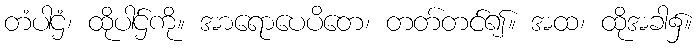
တံပါဌံ၊ ထိုပါဌ်ကို။ အာရောပေပိတေ၊ တတ်တင်၍။ အထ၊ ထိုအခါ၌။